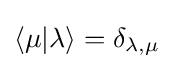
\langle \mu |\lambda \rangle =\delta _{\lambda ,\mu }